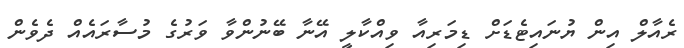
ރެއާލް އިން ޔުނައިޓެޑަށް ޑިމަރިއާ ވިއްކާލީ އޭނާ ބޭނުންވާ ވަރުގެ މުސާރައެއް ދެވެން